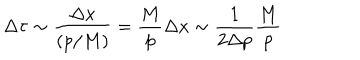
LaTeX: \Delta \tau \sim \frac { \Delta x } { ( p / M ) } = \frac { M } { p } \Delta x \sim \frac { 1 } { 2 \Delta p } \frac { M } { p }